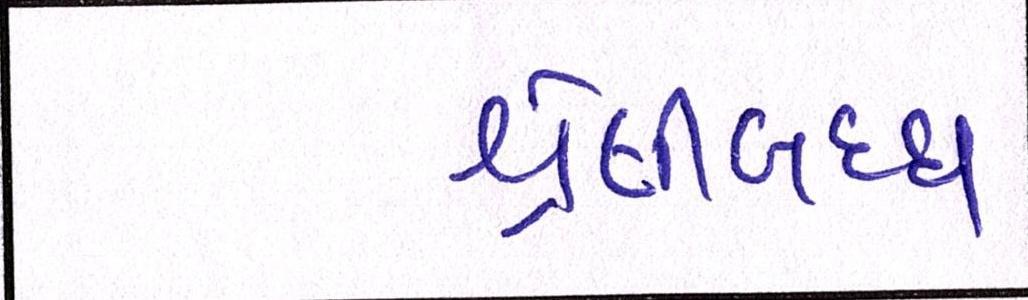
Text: શ્રેણીબધ્ધ